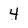
Character: 4